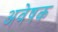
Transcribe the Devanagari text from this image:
अवेषक